Leaving Certificate Examination (including Day School Certificate (Higher) General paper), 1928
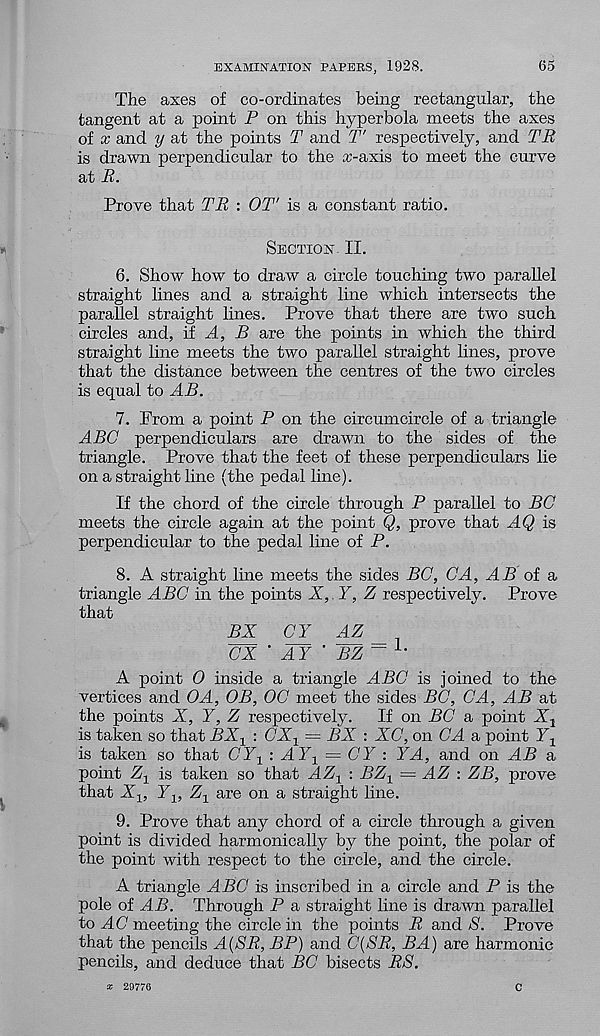
EXAMINATION PAPERS, 1928.
65
The axes of co-ordinates being rectangular, the
tangent at a point P on this hyperbola meets the axes
of x and y at the points T and T' respectively, and TR
is drawn perpendicular to the a>axis to meet the curve
at R.
Prove that TR : OT' is a constant ratio.
Section II.
6. Show how to draw a circle touching two parallel
straight lines and a straight line which intersects the
parallel straight lines. Prove that there are two such
circles and, if A, B are the points in which the third
straight line meets the two parallel straight lines, prove
that the distance between the centres of the two circles
is equal to AB.
7. From a point P on the circumcircle of a triangle
ABC perpendiculars are drawn to the sides of the
triangle. Prove that the feet of these perpendiculars lie
on a straight line (the pedal line).
If the chord of the circle through P parallel to BC
meets the circle again at the point Q, prove that A.Q is
perpendicular to the pedal line of P.
8. A straight line meets the sides BC, CA, AB oi a,
triangle ABC in the points X, Y, Z respectively. Prove
that
BX
CY_
AZ
CX ' AY ' BZ ~1'
A point 0 inside a triangle ABC is joined to the
vertices and OA, OB, OC meet the sides BC, CA, AB at
the points X, Y, Z respectively.
If on BC a point X t
is taken so that BX x : CX x = BX : XC, on CA a point Y x
is taken so that CY 1 :AY 1 = CY : YA, and on AB a,
point Z x is taken so that AZ X : BZ X — AZ : ZB, prove
that X x , Y x , Z x are on a straight line.
9. Prove that any chord of a circle through a given
point is divided harmonically by the point, the polar of
the point with respect to the circle, and the circle.
A triangle ABC is inscribed in a circle and P is the
pole of AB. Through P a straight line is drawn parallel
to A (7 meeting the circle in the points R and $. Prove
that the pencils A(SR, BP) and C(SR, BA) are harmonic
pencils, and deduce that BC bisects RS.
x 2D776
C